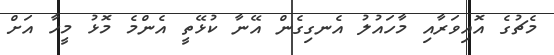
މެޗުގެ އޮއިވަރާއި މާހައުލު އެނގިގެން އޭނާ ކުޅޭތީ އެންމެ މޮޅު މީހާ އަށް